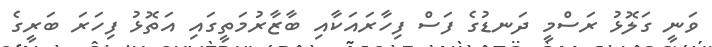
ވަނީ ގަލޮޅު ރަސްމީ ދަނޑުގެ ފަސް ފިހާރައަކާއި ބާޒާރުމަތީގައި އަތޮޅު ފިހަރަ ބަރީގެ